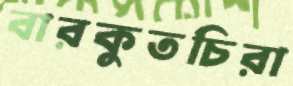
বারকুতচিরা